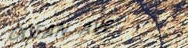
OCEAN AVE